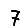
Digit: 7